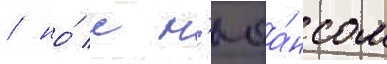
/ но́ с н'юа́нсом